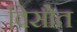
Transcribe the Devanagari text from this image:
विसोत